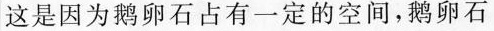
这是因为鹅卵石占有一定的空间，鹅卵石